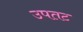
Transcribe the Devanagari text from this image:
उपतट